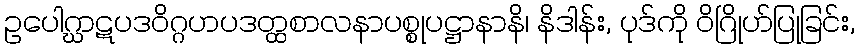
ဥပေါဂ္ဃာဋပဒဝိဂ္ဂဟပဒတ္ထစာလနာပစ္စုပဋ္ဌာနာနိ၊ နိဒါန်း, ပုဒ်ကို ဝိဂြိုဟ်ပြုခြင်း,